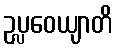
ဥပ္လဝေယျာတိ